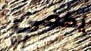
يكفي